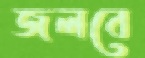
জলবে